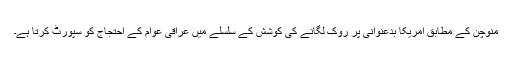
منوچن کے مطابق امریکا بدعنوانی پر روک لگانے کی کوشش کے سلسلے میں عراقی عوام کے احتجاج کو سپورٹ کرتا ہے۔